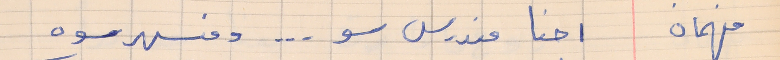
فهمان    احنا مندرس سو  . . . ومنسهر سوه